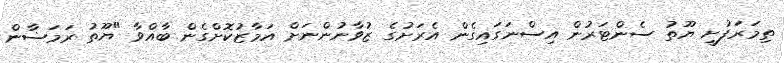
ތިމަރަފުށީ ޔޫތު ސެންޓަރުން އިސްނަގައިގެން އެރަށުގެ ޒުވާނުންނަށް އަމާޒުކޮށްގެން ބާއްވާ "ޔޫތު ރަމަޟާން